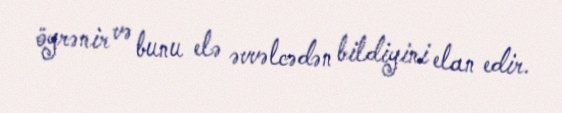
öyrənir və bunu elə əvvəlcədən bildiyini elan edir.